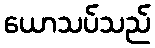
ယောသပ်သည်